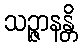
သဉ္ဇာနန္တိ